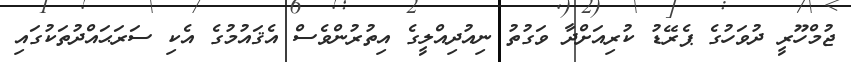
ޖުމްހޫރީ ދުވަހުގެ ޕެރޭޑު ކުރިއަށްދާ ވަގުތު ނިއުދިއްލީގެ އިތުރުންވެސް އެޤައުމުގެ އެކި ސަރަޙައްދުތަކުގައި